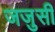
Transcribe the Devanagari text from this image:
जजुसी